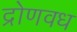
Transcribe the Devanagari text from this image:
द्रोणवध